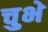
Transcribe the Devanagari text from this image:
चुभे